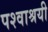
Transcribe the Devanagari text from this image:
पश्वाश्रयी